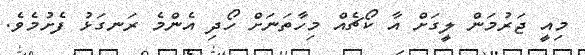
މިއީ ޖަރުމަން ލީގަށް އާ ކޯޗެއް މިހާތަނަށް ހޯދި އެންމެ ރަނގަޅު ފެށުމެވެ.